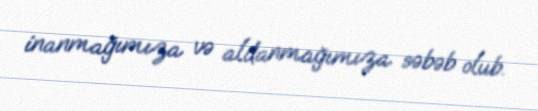
inanmağımıza və aldanmağımıza səbəb olub.